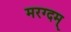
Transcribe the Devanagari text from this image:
मरग्दम्